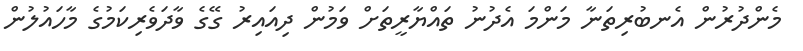
މެންދުރުން އެނބުރިތަނާ މަންމަ އެދުނު ތައްޔާރީތަށް ވަމުން ދިއައިރު ގޭގެ ވާދަވެރިކަމުގެ މާހައުލުން